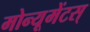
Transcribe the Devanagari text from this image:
मोन्यूमेंटस्